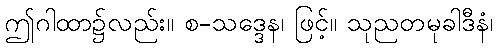
ဤဂါထာ၌လည်း။ စ-သဒ္ဒေန၊ ဖြင့်။ သုညတမုခါဒီနံ၊